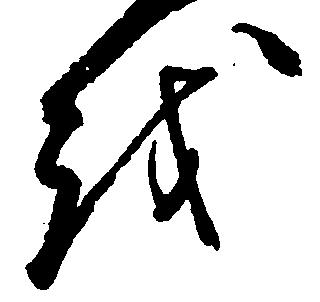
越